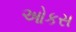
ઓકસ